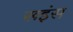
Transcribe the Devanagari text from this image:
रूइंस